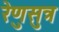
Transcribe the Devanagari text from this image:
रेणुसुत्र